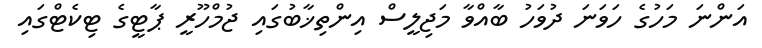
އަންނަ މަހުގެ ހަވަނަ ދުވަހު ބާއްވާ މަޖިލީސް އިންތިޚާބުގައި ޖުމްހޫރީ ޕާޓީގެ ޓިކެޓްގައި